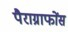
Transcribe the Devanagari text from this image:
पैराग्राफोंस